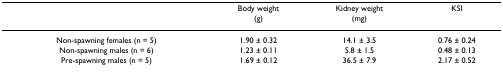
<table><thead><tr><td></td><td><b>Body weight(g)</b></td><td><b>Kidney weight(mg)</b></td><td><b>KSI</b></td></tr></thead><tbody><tr><td>Non-spawning females (n = 5)</td><td>1.90 ± 0.32</td><td>14.1 ± 3.5</td><td>0.76 ± 0.24</td></tr><tr><td>Non-spawning males (n = 6)</td><td>1.23 ± 0.11</td><td>5.8 ± 1.5</td><td>0.48 ± 0.13</td></tr><tr><td>Pre-spawning males (n = 5)</td><td>1.69 ± 0.12</td><td>36.5 ± 7.9</td><td>2.17 ± 0.52</td></tr></tbody></table>